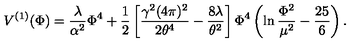
V ^ { ( 1 ) } ( \Phi ) = \frac { \lambda } { \alpha ^ { 2 } } \Phi ^ { 4 } + \frac { 1 } { 2 } \left[ \frac { \gamma ^ { 2 } ( 4 \pi ) ^ { 2 } } { 2 \theta ^ { 4 } } - \frac { 8 \lambda } { \theta ^ { 2 } } \right] \Phi ^ { 4 } \left( \ln \frac { \Phi ^ { 2 } } { \mu ^ { 2 } } - \frac { 2 5 } { 6 } \right) .